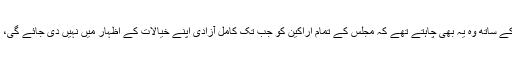
امامؒ پر جہاں یہ راز واضح ہو چکا تھا، اسی کے ساتھ وہ یہ بھی چاہتے تھے کہ مجلس کے تمام اراکین کو جب تک کامل آزادی اپنے خیالات کے اظہار میں نہیں دی جائے گی، اجتماع کا جومقصد ہے وہ پورا نہیں ہو سکتا۔